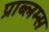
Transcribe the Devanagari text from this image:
प्राब्लम्स